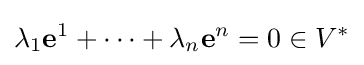
\lambda _{1}\mathbf {e} ^{1}+\cdots +\lambda _{n}\mathbf {e} ^{n}=0\in V^{*}